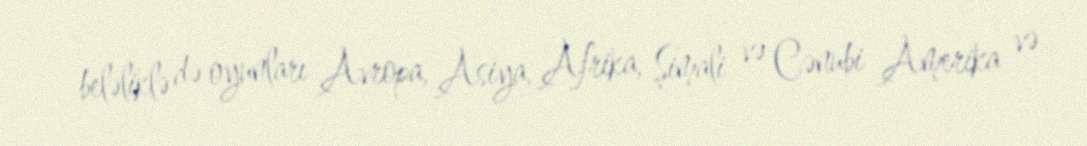
beləliklə də oyunları Avropa, Asiya, Afrika, Şimali və Cənubi Amerika və